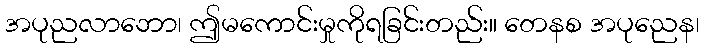
အပုညလာဘော၊ ဤမကောင်းမှုကိုရခြင်းတည်း။ တေနစ အပုညေန၊